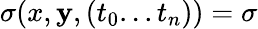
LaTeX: \sigma(x,\mathbf{y},(t_{0}...t_{n}))=\sigma